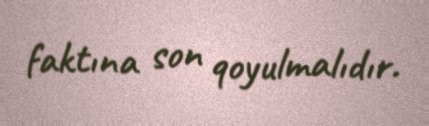
faktına son qoyulmalıdır.